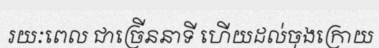
រយៈពេល ជាច្រើននាទី ហើយដល់ចុងក្រោយ